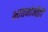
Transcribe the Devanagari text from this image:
भावनांनीही